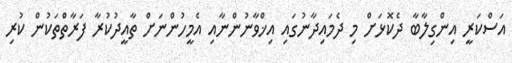
އަސްކަރީ އިންގިލާބާ ދެކޮޅަށް މި ދެމައިދާނުގައި އިޚްވާނުންނާއި އެމީހުންނަށް ތާއީދުކުރާ ފަރާތްތަކުން ކުރި